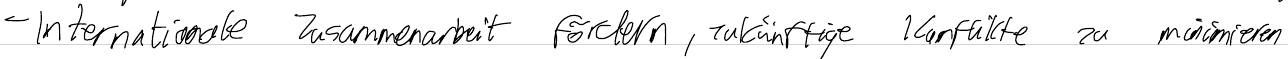
- Internationale Zusammenarbeit fördern, zukünftige Konflikte zu minimieren